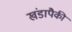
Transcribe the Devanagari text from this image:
खंडापैकी